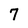
Character: 7